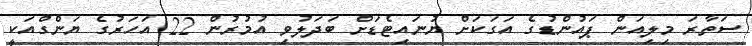
ސަތާރަ މިލިއަން ޕައުންޑުގެ އަގަކަށް ޔުނައިޓެޑަށް ބަދަލުވި އުމުރުން 22 އަހަރުގެ ޔަންގްއަކީ